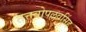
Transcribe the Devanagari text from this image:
तत्तवोपल्लवसिंह